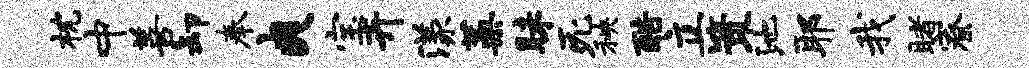
枕中善卸奉爽宝卉漾蒿昧死秧酷立策池耶我睹寮